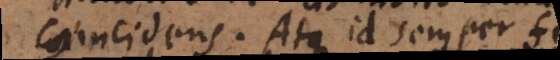
coincidens. Atque id semper fit